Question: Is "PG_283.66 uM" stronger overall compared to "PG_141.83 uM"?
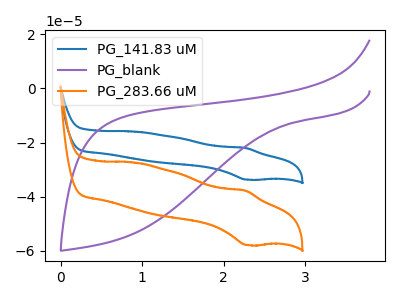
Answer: <think>The blue curve "PG_141.83 uM" has an anodic peak at (2.25V, -22.00uA) and a cathodic peak at (2.30V, -33.70uA). The purple curve "PG_blank" has no peaks. The orange curve "PG_283.66 uM" has an anodic peak at (2.25V, -37.75uA) and a cathodic peak at (2.30V, -57.85uA).
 All the peaks in "PG_283.66 uM" have a peak in "PG_141.83 uM" at the same potential.</think>
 <answer>I cant tell if "PG_283.66 uM" or "PG_141.83 uM" has more signal.</answer>
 <eval>mixed_signal</eval>